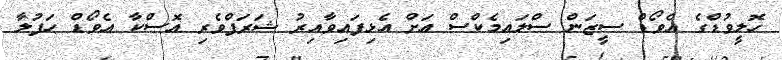
ހޮލީވުޑްގެ އެވޯޑް ސީޒަން ސްލައިމެކްސް އަށް އެޅިފައިވާއިރު ޝަރަފްވެރި އޮސްކާ އެވޯޑް ހަފުލާ